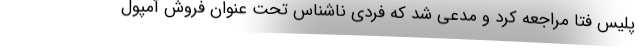
پلیس فتا مراجعه کرد و مدعی شد که فردی ناشناس تحت عنوان فروش آمپول